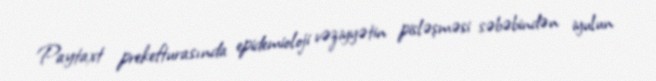
Paytaxt prekefturasında epidemioloji vəziyyətin pisləşməsi səbəbindən iyulun